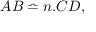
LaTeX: A B \bumpeq n . C D ,